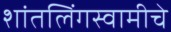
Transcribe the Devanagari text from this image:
शांतलिंगस्वामीचे